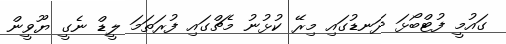
ގައުމީ ފުޓްބޯޅަ ދަނޑުގައި މިރޭ ކުޅުނު މެޗްގައި ފުރަތަމަ ލީޑް ނެގީ ޔޫވީން